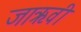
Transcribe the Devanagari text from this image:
जाऋवी